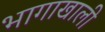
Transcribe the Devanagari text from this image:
भागाखाली